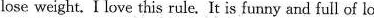
lose weight. I love this rule It is funny and full of love!